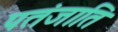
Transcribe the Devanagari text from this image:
पतंजाति